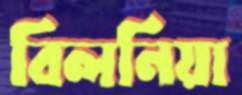
বিলনিয়া